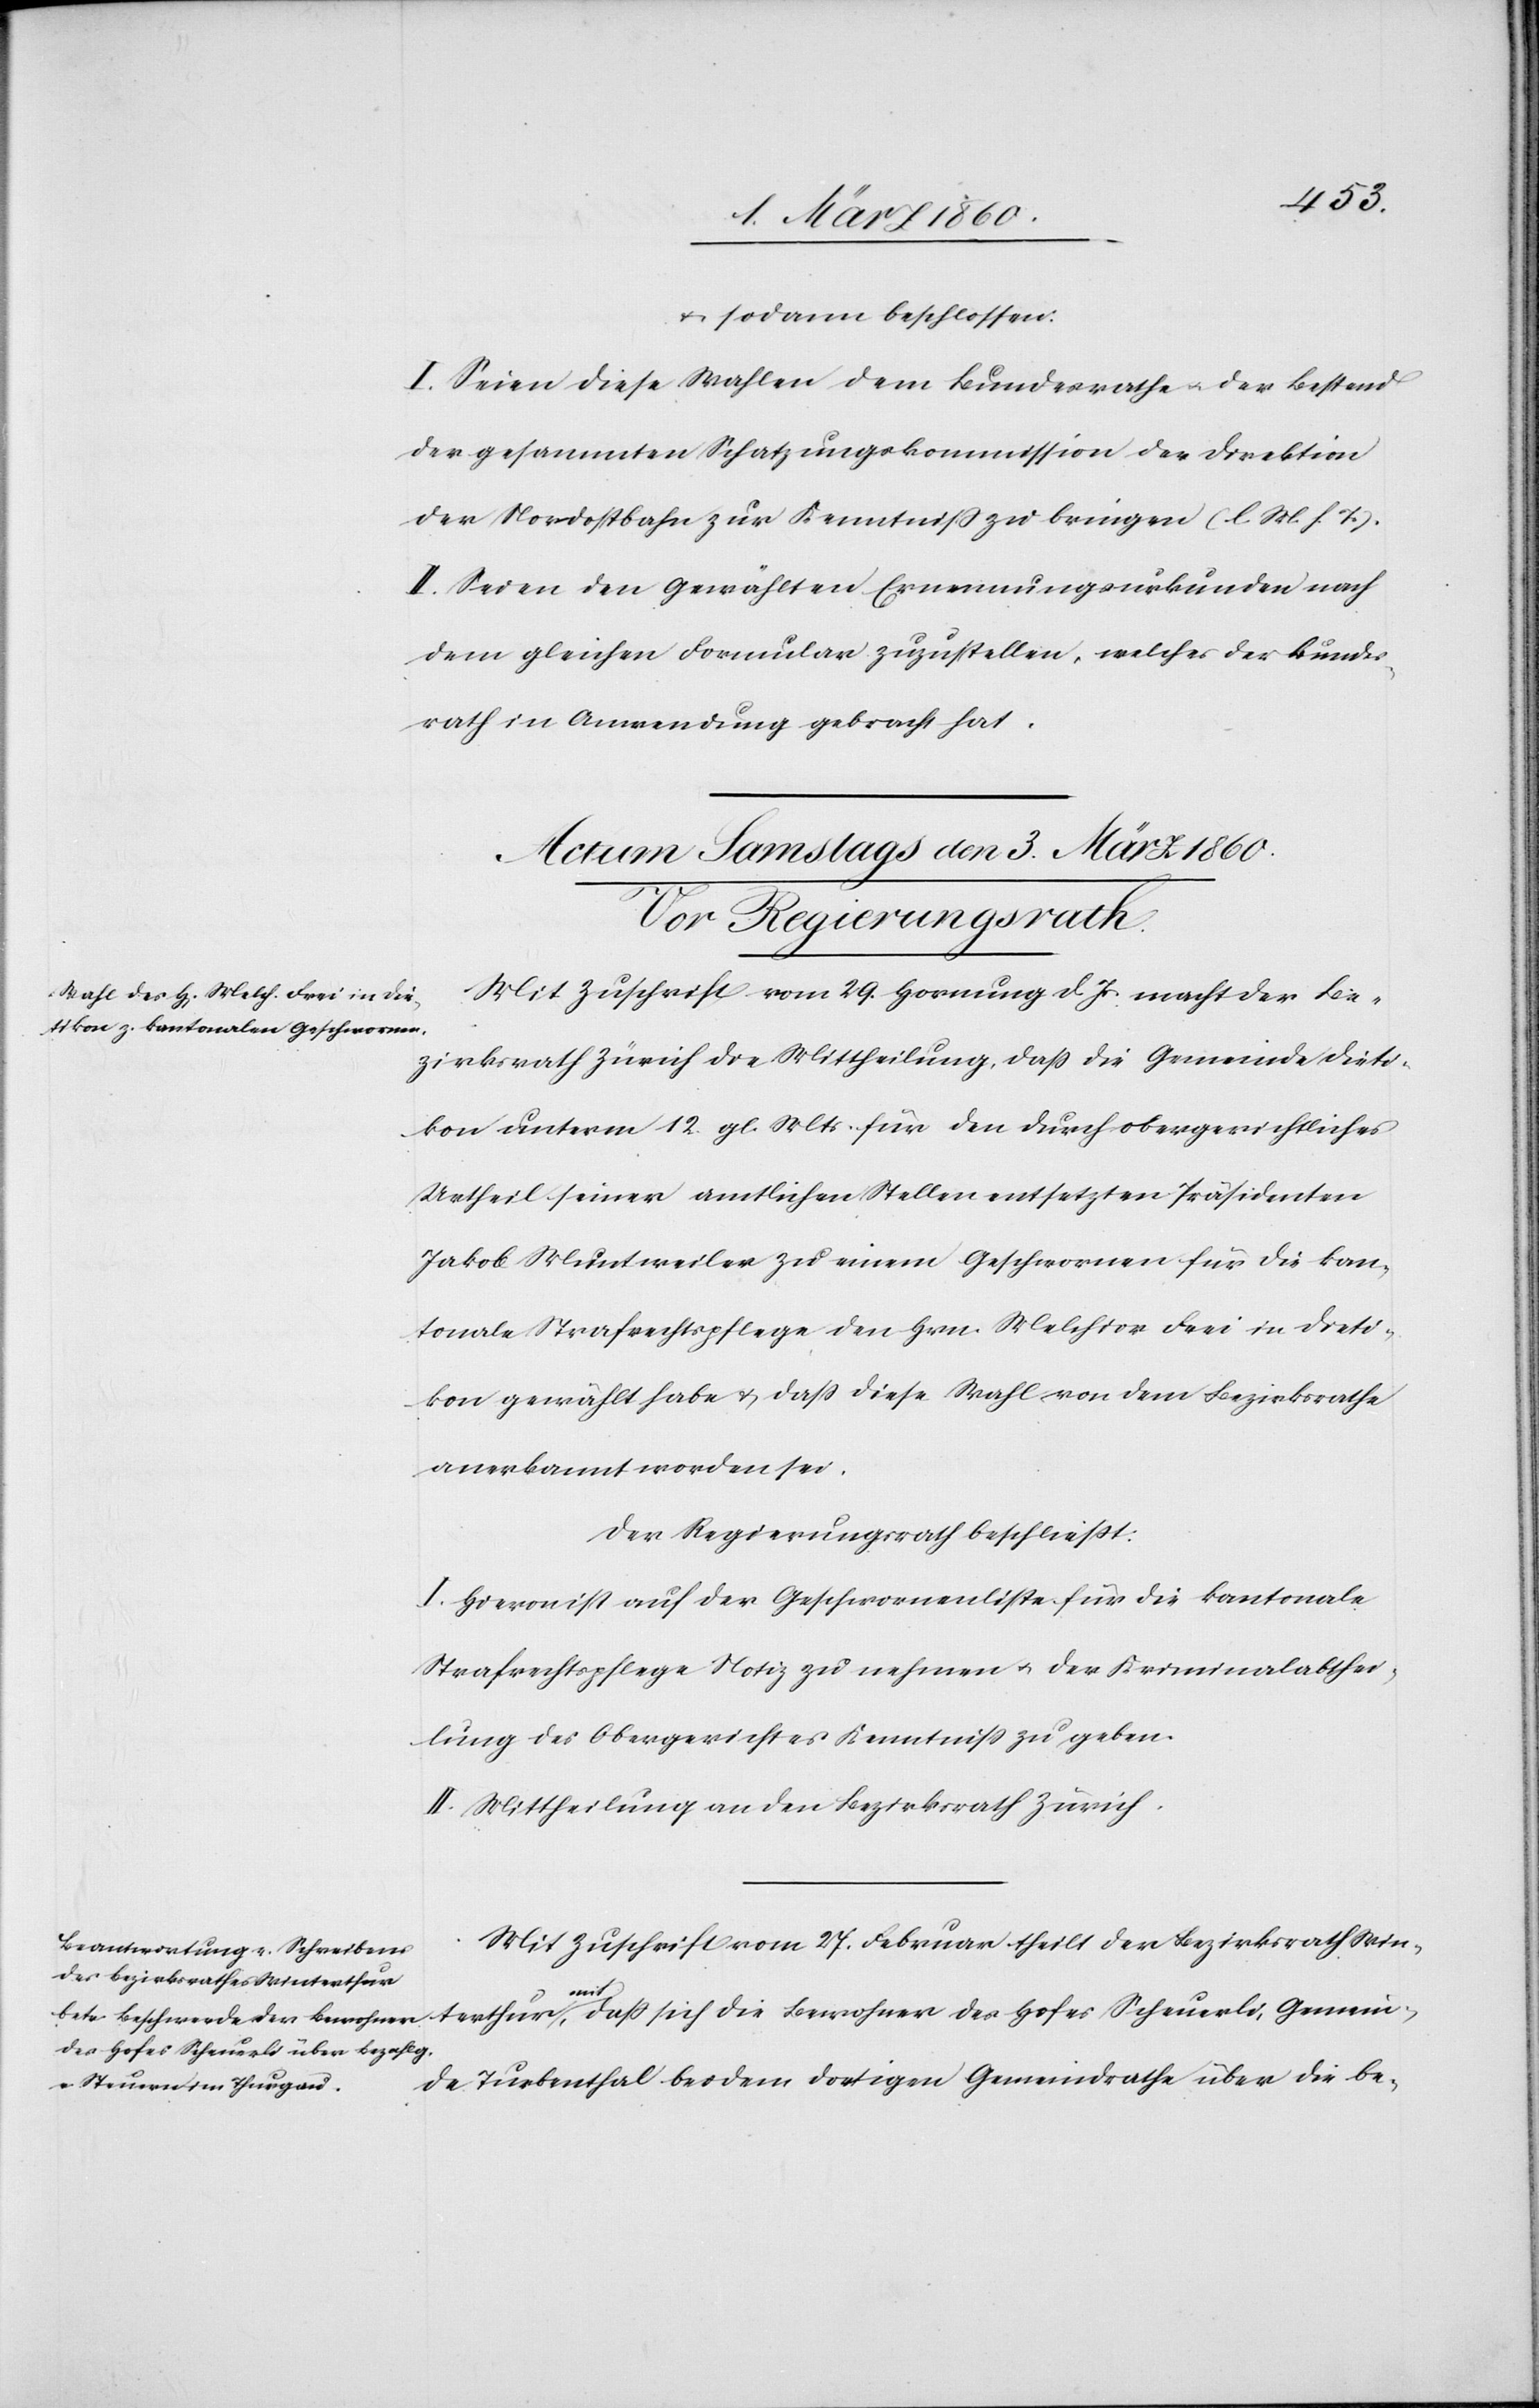
u. sodann beschlossen:
I. Seien diese Wahlen dem Bezirksrathe u. der Bestand
der gesammten Schatzungskommission der Direktion
der Nordostbahn zur Kenntniß zu bringen. [l. M. h. T]
II. Seien den Gewählten Ernennungsurkunden nach
dem gleichen Formular zuzustellen, welches der Bundes¬
rath in Anwendung gebracht hat.
Mit Zuschrift vom 29. Hornung d. J. macht der Be¬
zirksrath Zürich die Mittheilung, dass die Gemeinde Dieti¬
kon unterm 12. gl. Mts. für den durch obergerichtliches
Urtheil seiner amtlichen Stellen entsetzten Präsidenten
Jakob Muntweiler zu einem Geschworenen für die kan¬
tonale Strafrechtspflege den Hrn. Melchior Frei in Dieti¬
kon gewählt habe u. dass diese Wahl von dem Bezirksrathe
anerkannt worden sei.
Der Regierungsrath beschliesst.
I. Hievon ist auf der Geschworenenliste für die kantonale
Strafrechtspflege Notiz zu nehmen u. der Kriminalabthei¬
lung des Obergerichtes Kenntniß zu geben.
II. Mittheilung an den Bezirksrath Zürich.
Mit Zuschrift vom 27. Februar theilt der Bezirksrath Win¬
Gemein¬
de Turbenthal bei dem dortigen Gemeindrathe über die be-